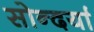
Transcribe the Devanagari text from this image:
सोन्दर्या